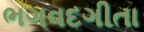
ભગવદગીતા